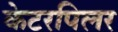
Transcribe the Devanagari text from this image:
केटरपिलर